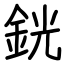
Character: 銧